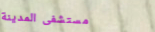
مستشفى المدينة